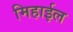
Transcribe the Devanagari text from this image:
मिहाईल